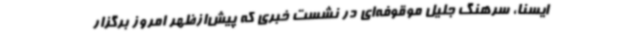
ایسنا، سرهنگ جلیل موقوفه‌ای در نشست خبری که پیش‌ازظهر امروز برگزار